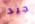
جيد